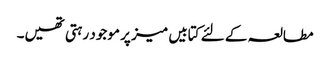
مطالعہ کے لئے کتابیں میز پر موجود رہتی تھیں۔